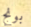
بونج